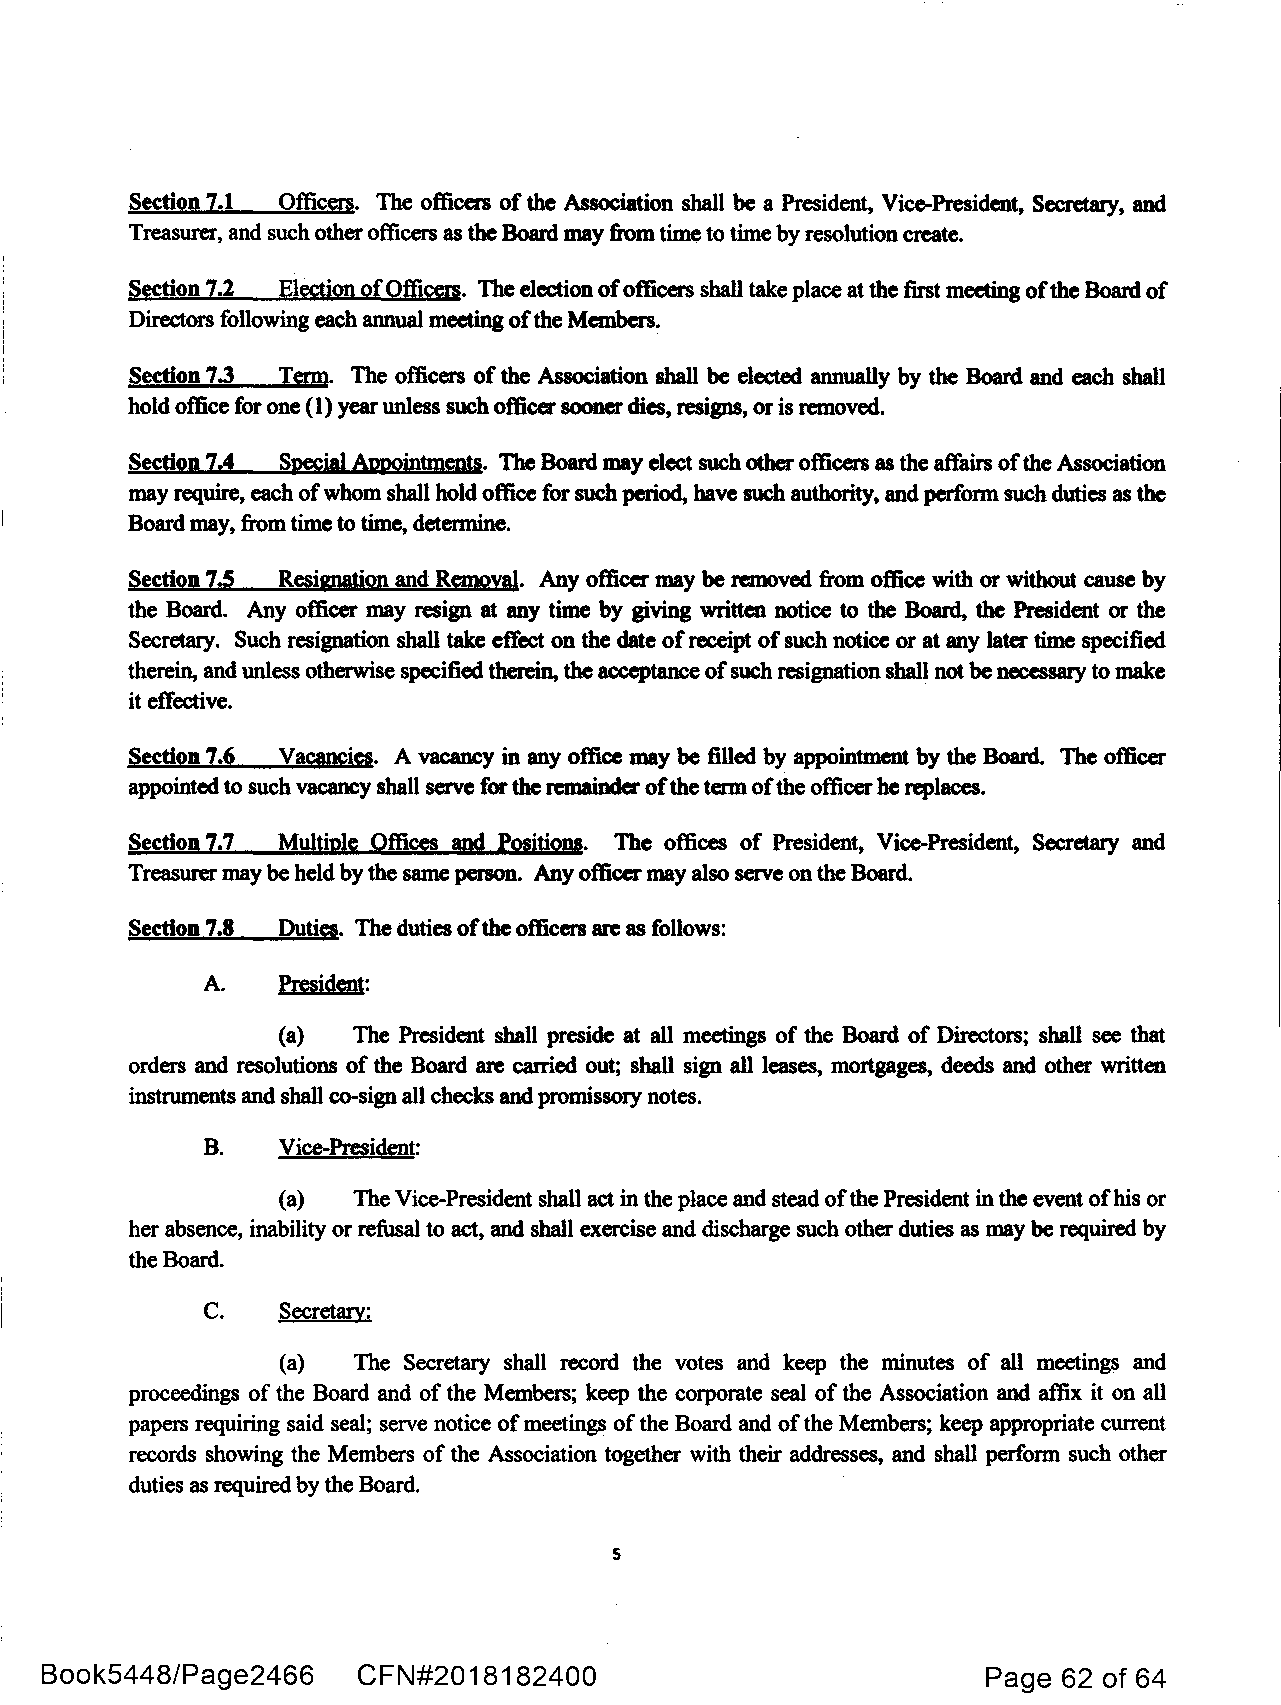
Section 7.1 Officers. The officers of the Association shall be a President, Vice-President, Secretary, and
 Treasurer, and such other officers as the Board may from time to time by resolution create.
 Section 7.2 Election ofOfficers. The election ofofficers shall take place at the first meeting ofthe Board of
 Directors following each annual meeting ofthe Members.
 Section 7.3 Term. The officers of the Association shall be elected annually by the Board and each shall
 hold office for one (1) year unless such officer sooner dies, resigns, or is removed.
 Section 7,4 Special Appointments. The Board may elect such other officers as the affairs ofthe Association
 may require, each ofwhom shall hold office for such period, have such authority, and perform such duties as the
 Board may, from time to time, determine.
 Section 7.5 Resignation and Removal. Any officer may be removed from office with or without cause by
 the Board. Any officer may resign at any time by giving written notice to the Board, the President or the
 Secretary. Such resignation shall take effect on the date of receipt of such notice or at any later time specified
 therein, and unless otherwise specified therein, the acceptance ofsuch resignation shall not be necessary to make
 it effective.
 Section 7.6 Vacancies. A vacancy in any office may be filled by appointment by the Board. The officer
 appointed to such vacancy shall serve for the remainder ofthe term ofthe officer he replaces.
 Section 7.7 Multiple Offices and Positions. The offices of President, Vice-President, Secretary and
 Treasurer may be held by the same person. Any officer may also serve on the Board.
 _s___
 ec..t..•t..o... n.. . 7..._ .8_.....,Du_..t,...ies...,. The duties ofthe officers are as follows:
 A.   President:
 (a)  The President shall preside at all meetings of the Board of Directors; shall see that
 orders and resolutions of the Board are carried out; shall sign all leases, mortgages, deeds and other written
 instruments and shall co-sign all checks and promissory notes.
 B.   Vice-President:
 (a)  The Vice-President shall act in the place and stead ofthe President in the event ofhis or
 her absence, inability or refusal to act, and shall exercise and discharge such other duties as may be required by
 the Board.
 C.   Secretary:
 (a)  The Secretary shall record the votes and keep the minutes of all meetings and
 proceedings of the Board and of the Members; keep the corporate seal of the Association and affix it on all
 papers requiring said seal; serve notice of meetings of the Board and of the Members; keep appropriate current
 records showing the Members of the Association together with their addresses, and shall perform such other
 duties as required by the Board.
 5
 Book5448/Page2466    CFN#2018182400                           Page 62 of 64